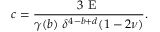
c = \frac { 3 \textup { E } } { \gamma ( b ) \ \delta ^ { 4 - b + d } ( 1 - 2 \nu ) } .